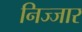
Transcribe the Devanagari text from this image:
निज्जार